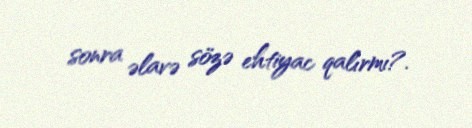
sonra əlavə sözə ehtiyac qalırmı?.